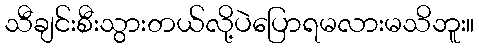
သီချင်းစီးသွားတယ်လို့ပဲပြောရမလားမသိဘူး။